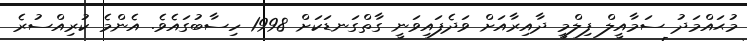
މުޙައްމަދު ސަމާއީލް ފިލްމީ ދާއިރާއަށް ވަދެފައިވަނީ ގާތްގަނޑަކަށް 1998 ހިސާބުގައެވެ. އެންމެ ކުރިއްސުރެ